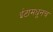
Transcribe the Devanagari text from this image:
ईटामधूनच